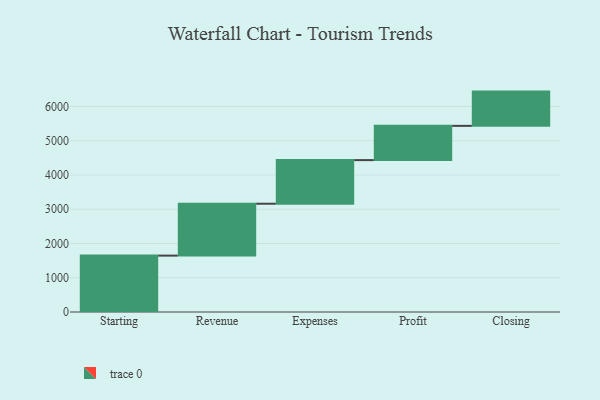
{"axis": {"x": "Step", "y": "Value"}, "legend": [""], "data": [{"x": "Starting", "y": 1646.0, "type": ""}, {"x": "Revenue", "y": 1515.0, "type": ""}, {"x": "Expenses", "y": 1273.0, "type": ""}, {"x": "Profit", "y": 1000, "type": ""}, {"x": "Closing", "y": 1000, "type": ""}]}